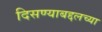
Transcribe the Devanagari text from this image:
दिसण्याबद्दलच्या